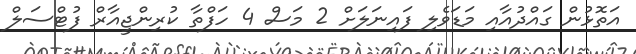
އަތޮޅުން ގައްދުއާއި މަޑަވެލި ފައިނަލަށް 2 މަސް 4 ހަފްތާ ކުރިންޖީއާރް ފުޓްސަލް